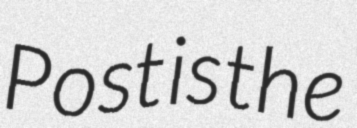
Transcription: Post is the